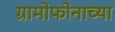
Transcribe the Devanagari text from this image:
ग्रामोफोनाच्या